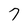
Character: 7